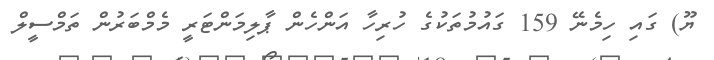
ޔޫ) ގައި ހިމެނޭ 159 ގައުމުތަކުގެ ހުރިހާ އަންހެން ޕާލިމަންޓަރީ މެމްބަރުން ތަމްސީލް